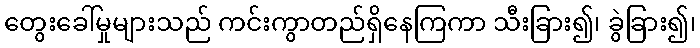
တွေးခေါ်မှုများသည် ကင်းကွာတည်ရှိနေကြကာ သီးခြား၍၊ ခွဲခြား၍၊